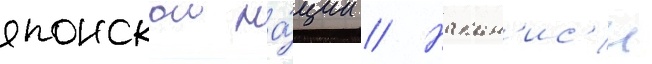
японскои на́ции // Накан'ис'и